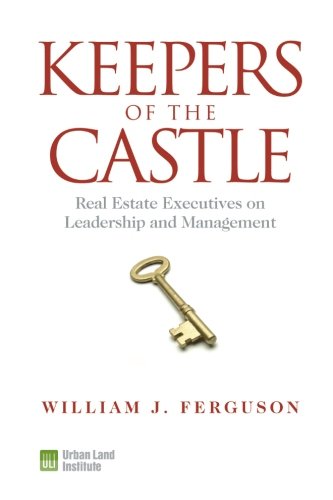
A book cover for Keepers of the Castle: Real Estate Executives on Leadership and Management; William J. Ferguson; Law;